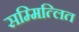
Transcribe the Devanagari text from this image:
सम्मित्लित